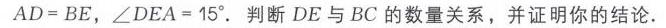
\(AD = BE,\angle DEA = 15^{\circ}\). 判断 \(DE\) 与 \(BC\) 的数量关系，并证明你的结论.